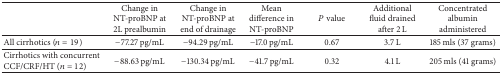
<table><thead><tr><td><b> </b></td><td><b>Change in NT-proBNP at 2L prealbumin</b></td><td><b>Change in NT-proBNP at end of drainage</b></td><td><b>Mean difference in NT-proBNP</b></td><td><b><i>P</i> value</b></td><td><b>Additional fluid drained after 2 L</b></td><td><b>Concentrated albumin administered</b></td></tr></thead><tbody><tr><td>All cirrhotics (<i>n</i> = 19)</td><td>−77.27 pg/mL</td><td>−94.29 pg/mL</td><td>−17.0 pg/mL</td><td>0.67</td><td>3.7 L</td><td>185 mls (37 grams)</td></tr><tr><td>Cirrhotics with concurrent CCF/CRF/HT (<i>n</i> = 12)</td><td>−88.63 pg/mL</td><td>−130.34 pg/mL</td><td>−41.7 pg/mL</td><td>0.32</td><td>4.1 L</td><td>205 mls (41 grams)</td></tr></tbody></table>